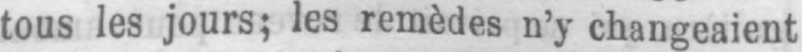
tous les jours; les remèdes n’y changeaient